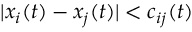
| x _ { i } ( t ) - x _ { j } ( t ) | < c _ { i j } ( t )